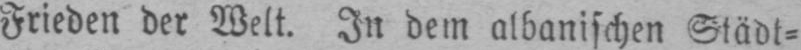
Frieden der Welt. In dem albanischen Städt⸗